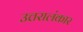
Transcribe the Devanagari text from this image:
उत्तरालंकार